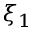
\xi _ { 1 }